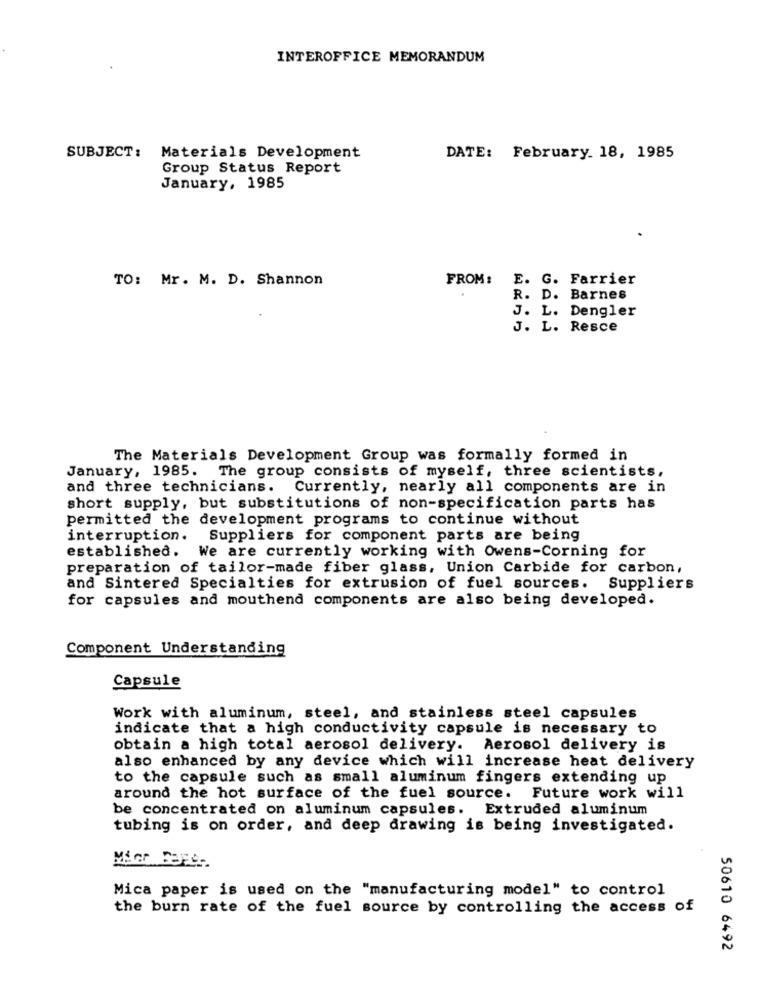
INTEROFFICE MEMORANDUM
SUBJECT:
Materials Development
DATE: February. 18, 1985
Group Status Report
January, 1985
TO: Mr. M. D. Shannon
FROM: E. G. Farrier
R. D. Barnes
J. L. Dengler
J. L. Resce
The Materials Development Group was formally formed in
January, 1985. The group consists of myself, three scientists,
and three technicians. Currently, nearly all components are in
short supply, but substitutions of non-specification parts has
permitted the development programs to continue without
interruption. Suppliers for component parts are being
established. We are currently working with Owens-Corning for
preparation of tailor-made fiber glass, Union Carbide for carbon,
and Sintered Specialties for extrusion of fuel sources. Suppliers
for capsules and mouthend components are also being developed.
Component Understanding
Capsule
Work with aluminum, steel, and stainless steel capsules
indicate that a high conductivity capsule is necessary to
obtain a high total aerosol delivery. Aerosol delivery is
also enhanced by any device which will increase heat delivery
to the capsule such as small aluminum fingers extending up
around the hot surface of the fuel source. Future work will
be concentrated on aluminum capsules. Extruded aluminum
tubing is on order, and deep drawing is being investigated.
Mica paper is used on the "manufacturing model" to control
the burn rate of the fuel source by controlling the access of
50610 6492